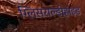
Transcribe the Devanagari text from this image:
ग्लिसराल्डीहाइड